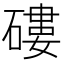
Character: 𥕍